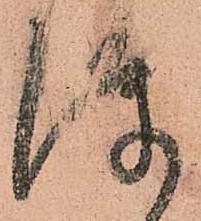
隙